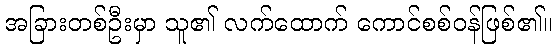
အခြားတစ်ဦးမှာ သူ၏ လက်ထောက် ကောင်စစ်ဝန်ဖြစ်၏။